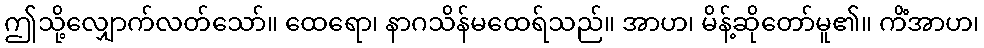
ဤသို့လျှောက်လတ်သော်။ ထေရော၊ နာဂသိန်မထေရ်သည်။ အာဟ၊ မိန့်ဆိုတော်မူ၏။ ကိံအာဟ၊